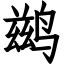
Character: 鹚